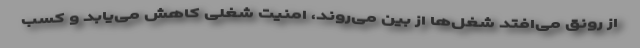
از رونق می‌افتد شغل‌ها از بین می‌روند، امنیت شغلی کاهش می‌یابد و کسب